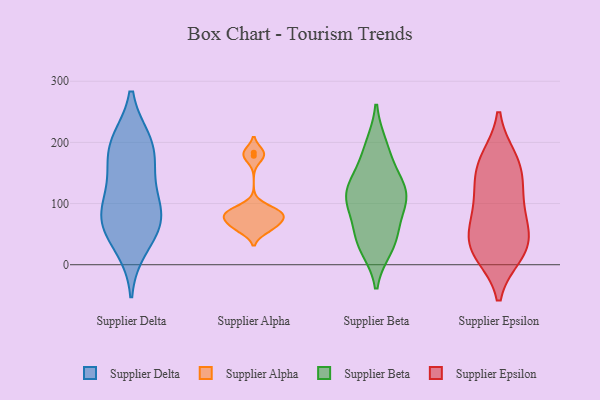
{"axis": {"x": "Website Visitors", "y": "Value"}, "legend": ["Supplier Alpha", "Supplier Beta", "Supplier Delta", "Supplier Epsilon"], "data": [{"x": "", "y": 119, "type": "Supplier Delta"}, {"x": "", "y": 67, "type": "Supplier Delta"}, {"x": "", "y": 153, "type": "Supplier Delta"}, {"x": "", "y": 200, "type": "Supplier Delta"}, {"x": "", "y": 199, "type": "Supplier Delta"}, {"x": "", "y": 66, "type": "Supplier Delta"}, {"x": "", "y": 80, "type": "Supplier Delta"}, {"x": "", "y": 30, "type": "Supplier Delta"}, {"x": "", "y": 84, "type": "Supplier Delta"}, {"x": "", "y": 186, "type": "Supplier Delta"}, {"x": "", "y": 65, "type": "Supplier Alpha"}, {"x": "", "y": 86, "type": "Supplier Alpha"}, {"x": "", "y": 62, "type": "Supplier Alpha"}, {"x": "", "y": 57, "type": "Supplier Alpha"}, {"x": "", "y": 178, "type": "Supplier Alpha"}, {"x": "", "y": 81, "type": "Supplier Alpha"}, {"x": "", "y": 183, "type": "Supplier Alpha"}, {"x": "", "y": 82, "type": "Supplier Alpha"}, {"x": "", "y": 91, "type": "Supplier Alpha"}, {"x": "", "y": 78, "type": "Supplier Alpha"}, {"x": "", "y": 107, "type": "Supplier Beta"}, {"x": "", "y": 35, "type": "Supplier Beta"}, {"x": "", "y": 139, "type": "Supplier Beta"}, {"x": "", "y": 109, "type": "Supplier Beta"}, {"x": "", "y": 53, "type": "Supplier Beta"}, {"x": "", "y": 43, "type": "Supplier Beta"}, {"x": "", "y": 140, "type": "Supplier Beta"}, {"x": "", "y": 112, "type": "Supplier Beta"}, {"x": "", "y": 97, "type": "Supplier Beta"}, {"x": "", "y": 112, "type": "Supplier Beta"}, {"x": "", "y": 29, "type": "Supplier Beta"}, {"x": "", "y": 194, "type": "Supplier Beta"}, {"x": "", "y": 186, "type": "Supplier Beta"}, {"x": "", "y": 144, "type": "Supplier Epsilon"}, {"x": "", "y": 44, "type": "Supplier Epsilon"}, {"x": "", "y": 143, "type": "Supplier Epsilon"}, {"x": "", "y": 41, "type": "Supplier Epsilon"}, {"x": "", "y": 173, "type": "Supplier Epsilon"}, {"x": "", "y": 88, "type": "Supplier Epsilon"}, {"x": "", "y": 107, "type": "Supplier Epsilon"}, {"x": "", "y": 21, "type": "Supplier Epsilon"}, {"x": "", "y": 173, "type": "Supplier Epsilon"}, {"x": "", "y": 76, "type": "Supplier Epsilon"}, {"x": "", "y": 18, "type": "Supplier Epsilon"}, {"x": "", "y": 25, "type": "Supplier Epsilon"}]}